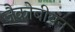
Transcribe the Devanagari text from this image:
जैकोबीयन